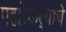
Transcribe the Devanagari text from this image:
पहारेकर्‍याचे